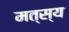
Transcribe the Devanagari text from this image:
मत्स्‍य